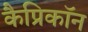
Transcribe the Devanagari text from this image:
कैप्रिकॉन